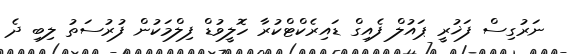
ނަރުގިސް ފަޚުރީ ޕައުލް ފެއިގް ޑައިރެކްޓްކުރާ ހޮލީވުޑް ފިލްމަކުން ފުރުސަތު ލިބި ދެ